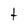
Character: t